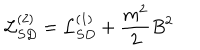
LaTeX: { \cal L } _ { S D } ^ { ( 2 ) } = { \cal L } _ { S D } ^ { ( 1 ) } + \frac { m ^ { 2 } } 2 B ^ { 2 }